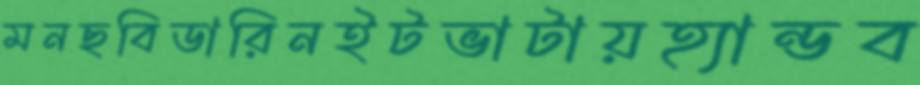
মনছবিডারিনইটভাটায়হ্যান্ডব